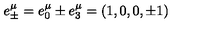
e _ { \pm } ^ { \mu } = e _ { 0 } ^ { \mu } \pm e _ { 3 } ^ { \mu } = \left( 1 , 0 , 0 , \pm 1 \right)